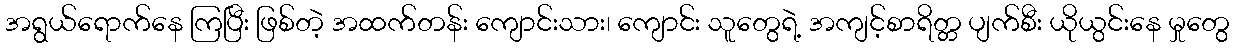
အရွယ်ရောက်နေ ကြပြီး ဖြစ်တဲ့ အထက်တန်း ကျောင်းသား၊ ကျောင်း သူတွေရဲ့ အကျင့်စာရိတ္တ ပျက်စီး ယိုယွင်းနေ မှုတွေ